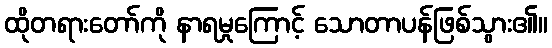
ထိုတရားတော်ကို နာရမှုကြောင့် သောတာပန်ဖြစ်သွား၏။